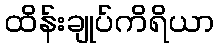
ထိန်းချုပ်ကိရိယာ